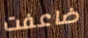
ضاعفت